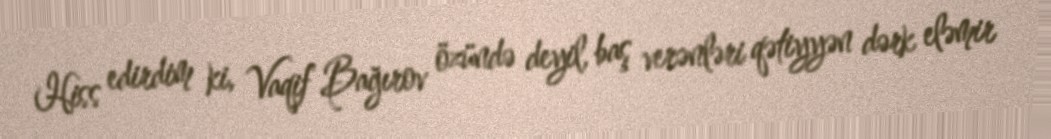
Hiss edirdim ki, Vaqif Bağırov özündə deyil, baş verənləri qətiyyən dərk eləmir